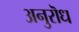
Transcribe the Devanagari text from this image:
अनुरॊध